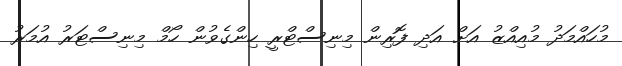
މުހައްމަދު މުއިއްޒު އަށް އަދި ފޮރިން މިނިސްޓްރީ ހިންގެވުން ހޯމް މިނިސްޓަރު އުމަރު